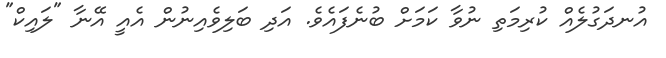
އުނދަގުލެއް ކުރިމަތި ނުވާ ކަމަށް ބުނެފައެވެ. އަދި ބަލިވެއިނުން އެއީ އޭނާ "ލައިކް"